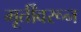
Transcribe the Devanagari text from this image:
मूर्तींवरून